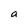
Character: a